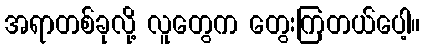
အရာတစ်ခုလို့ လူတွေက တွေးကြတယ်ပေါ့။